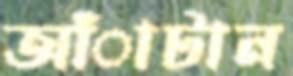
আঁাটান